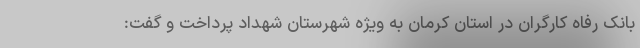
بانک رفاه کارگران در استان کرمان به ویژه شهرستان شهداد پرداخت و گفت: